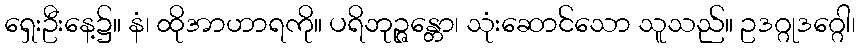
ရှေးဦးနေ့၌။ နံ၊ ထိုအာဟာရကို။ ပရိဘုဉ္ဇန္တော၊ သုံးဆောင်သော သူသည်။ ဥဒဂ္ဂုဒဂ္ဂေါ၊